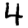
Digit: 4